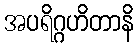
အပရိဂ္ဂဟိတာနိ